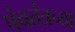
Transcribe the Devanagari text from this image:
पंचतंत्रच्या